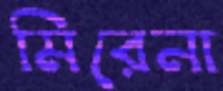
মিরেনা